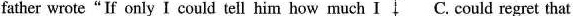
father wrote"If only I could tell him how much I C. could regret that